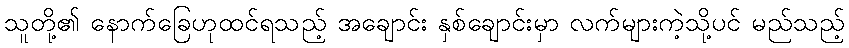
သူတို့၏ နောက်ခြေဟုထင်ရသည့် အချောင်း နှစ်ချောင်းမှာ လက်များကဲ့သို့ပင် မည်သည့်